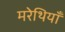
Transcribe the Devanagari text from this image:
मरेथियाँ